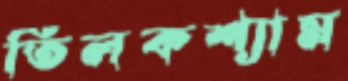
তিলকশ্যাম